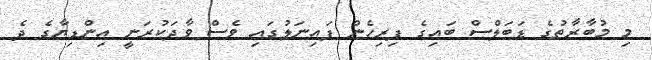
މި މުބާރާތުގެ ޑަބަލްސް ބައިގެ ފިރިހެން ފައިނަލުގައި ވެސް ވާދަކުރަނީ އިންޑިޔާގެ ދެ